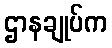
ဌာနချုပ်က